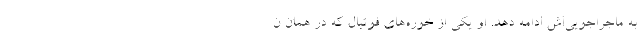
به ماجراجویی‌اش ادامه دهد. او یکی از خوره‌های فوتبال که در همان ن